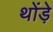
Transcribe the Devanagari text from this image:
थोंड़े